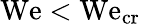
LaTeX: \mathrm{We}<\mathrm{We}_{\mathrm{cr}}